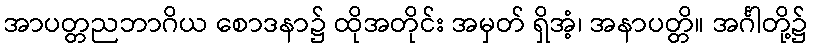
အာပတ္တညဘာဂိယ စောဒနာ၌ ထိုအတိုင်း အမှတ် ရှိအံ့၊ အနာပတ္တိ။ အင်္ဂါတို့၌